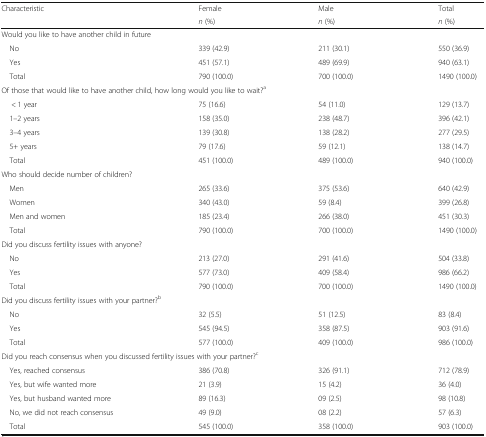
<table><thead><tr><td rowspan="2"><b>Characteristic</b></td><td><b>Female</b></td><td><b>Male</b></td><td><b>Total</b></td></tr><tr><td><b><i>n</i> (%)</b></td><td><b><i>n</i> (%)</b></td><td><b><i>n</i> (%)</b></td></tr></thead><tbody><tr><td colspan="4">Would you like to have another child in future</td></tr><tr><td> No</td><td>339 (42.9)</td><td>211 (30.1)</td><td>550 (36.9)</td></tr><tr><td> Yes</td><td>451 (57.1)</td><td>489 (69.9)</td><td>940 (63.1)</td></tr><tr><td> Total</td><td>790 (100.0)</td><td>700 (100.0)</td><td>1490 (100.0)</td></tr><tr><td colspan="4">Of those that would like to have another child, how long would you like to wait?<sup>a</sup></td></tr><tr><td>&lt; 1 year</td><td>75 (16.6)</td><td>54 (11.0)</td><td>129 (13.7)</td></tr><tr><td> 1–2 years</td><td>158 (35.0)</td><td>238 (48.7)</td><td>396 (42.1)</td></tr><tr><td> 3–4 years</td><td>139 (30.8)</td><td>138 (28.2)</td><td>277 (29.5)</td></tr><tr><td> 5+ years</td><td>79 (17.6)</td><td>59 (12.1)</td><td>138 (14.7)</td></tr><tr><td> Total</td><td>451 (100.0)</td><td>489 (100.0)</td><td>940 (100.0)</td></tr><tr><td colspan="4">Who should decide number of children?</td></tr><tr><td> Men</td><td>265 (33.6)</td><td>375 (53.6)</td><td>640 (42.9)</td></tr><tr><td> Women</td><td>340 (43.0)</td><td>59 (8.4)</td><td>399 (26.8)</td></tr><tr><td> Men and women</td><td>185 (23.4)</td><td>266 (38.0)</td><td>451 (30.3)</td></tr><tr><td> Total</td><td>790 (100.0)</td><td>700 (100.0)</td><td>1490 (100.0)</td></tr><tr><td colspan="4">Did you discuss fertility issues with anyone?</td></tr><tr><td> No</td><td>213 (27.0)</td><td>291 (41.6)</td><td>504 (33.8)</td></tr><tr><td> Yes</td><td>577 (73.0)</td><td>409 (58.4)</td><td>986 (66.2)</td></tr><tr><td> Total</td><td>790 (100.0)</td><td>700 (100.0)</td><td>1490 (100.0)</td></tr><tr><td colspan="4">Did you discuss fertility issues with your partner?<sup>b</sup></td></tr><tr><td> No</td><td>32 (5.5)</td><td>51 (12.5)</td><td>83 (8.4)</td></tr><tr><td> Yes</td><td>545 (94.5)</td><td>358 (87.5)</td><td>903 (91.6)</td></tr><tr><td> Total</td><td>577 (100.0)</td><td>409 (100.0)</td><td>986 (100.0)</td></tr><tr><td colspan="4">Did you reach consensus when you discussed fertility issues with your partner?<sup>c</sup></td></tr><tr><td> Yes, reached consensus</td><td>386 (70.8)</td><td>326 (91.1)</td><td>712 (78.9)</td></tr><tr><td> Yes, but wife wanted more</td><td>21 (3.9)</td><td>15 (4.2)</td><td>36 (4.0)</td></tr><tr><td> Yes, but husband wanted more</td><td>89 (16.3)</td><td>09 (2.5)</td><td>98 (10.8)</td></tr><tr><td> No, we did not reach consensus</td><td>49 (9.0)</td><td>08 (2.2)</td><td>57 (6.3)</td></tr><tr><td> Total</td><td>545 (100.0)</td><td>358 (100.0)</td><td>903 (100.0)</td></tr></tbody></table>